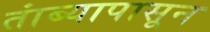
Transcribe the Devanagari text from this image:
तांब्यापासून